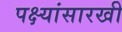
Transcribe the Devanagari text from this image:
पक्ष्यांसारखी